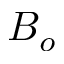
B _ { o }